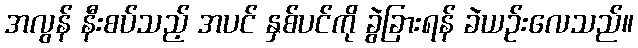
အလွန် နီးစပ်သည့် အပင် နှစ်ပင်ကို ခွဲခြားရန် ခဲယဉ်းလေသည်။